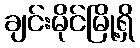
ချင်းမိုင်မြို့ရှိ